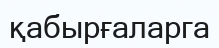
қабырғаларга